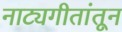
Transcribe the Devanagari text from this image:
नाट्यगीतांतून